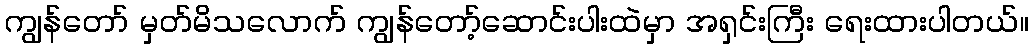
ကျွန်တော် မှတ်မိသလောက် ကျွန်တော့်ဆောင်းပါးထဲမှာ အရှင်းကြီး ရေးထားပါတယ်။